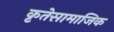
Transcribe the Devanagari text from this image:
कृतेसामाजिक